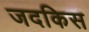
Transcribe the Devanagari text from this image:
जदकिस